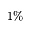
1 \%